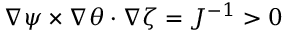
\nabla \psi \times \nabla \theta \cdot \nabla \zeta = J ^ { - 1 } > 0